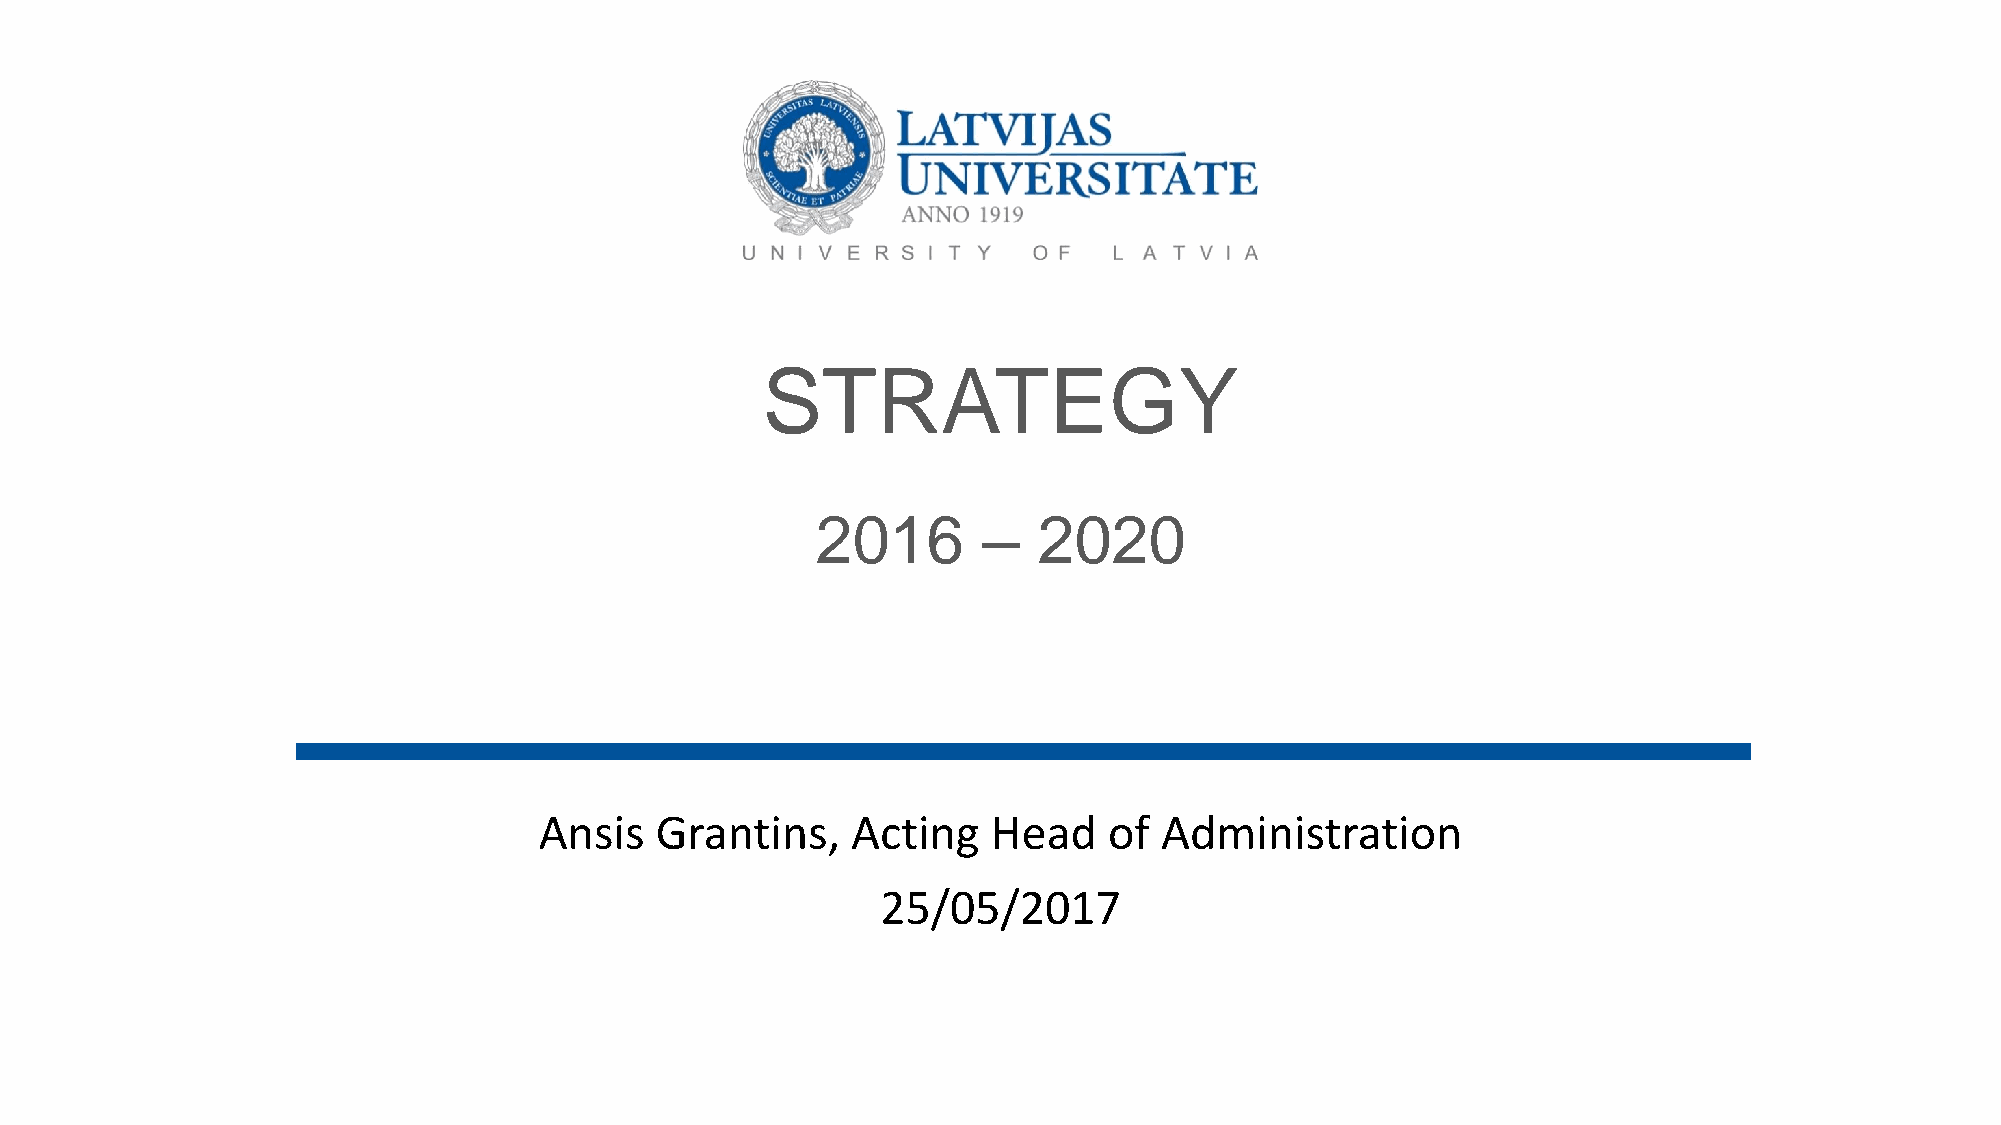
STRATEGY
 2016       –   2020
 Ansis  Grantins,    Acting    Head   of  Administration
 25/05/2017